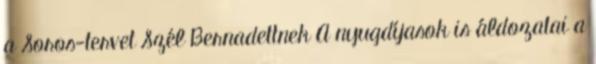
a Soros-tervet Szél Bernadettnek A nyugdíjasok is áldozatai a